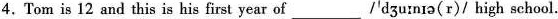
4.Tom is 12 and this is his year of___/' dʒu：nɪə(r)/ high school.